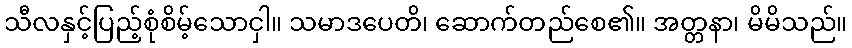
သီလနှင့်ပြည့်စုံစိမ့်သောငှါ။ သမာဒပေတိ၊ ဆောက်တည်စေ၏။ အတ္တနာ၊ မိမိသည်။